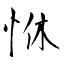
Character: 恘